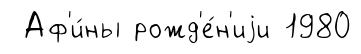
Аф'и́ны рожд'е́н'иjи 1980